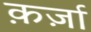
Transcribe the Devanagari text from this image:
क़र्ज़ा